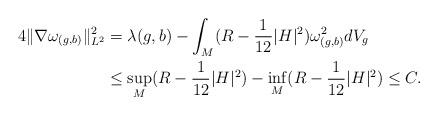
LaTeX: \begin{align*} 4\|\nabla\omega_{(g,b)}\|^2_{L^2}&=\lambda(g,b)-\int_M (R-\frac{1}{12}|H|^2)\omega_{(g,b)}^2 dV_g \\&\leq \sup_{M}(R-\frac{1}{12}|H|^2) - \inf_{M}(R-\frac{1}{12}|H|^2)\leq C .\end{align*}